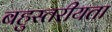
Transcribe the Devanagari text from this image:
बहुस्तरीयता